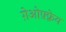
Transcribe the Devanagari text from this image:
ग़ेओफ़्फ़्रेय